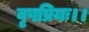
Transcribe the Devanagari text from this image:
वृषप्रियः।।